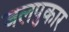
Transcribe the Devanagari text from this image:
जलपुकार